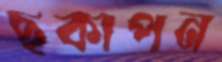
ছকাপন